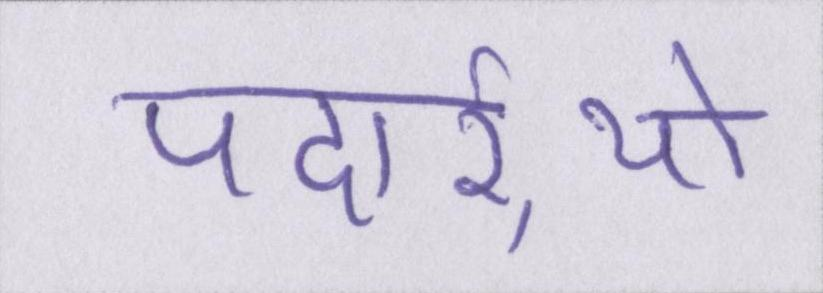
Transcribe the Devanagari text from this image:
पदार्र्थो